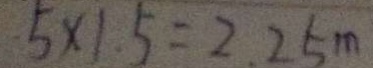
5 \times 1 . 5 = 2 . 2 5 m